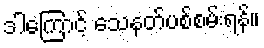
ဒါကြောင့် သေနတ်ပစ်စမ်းရန်။